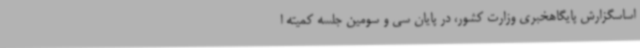
اساسگزارش پایگاهخبری وزارت کشور، در پایان سی و سومین جلسه کمیته ا